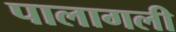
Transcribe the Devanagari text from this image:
पालागली